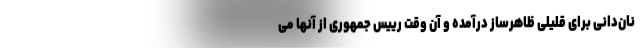
نان‌دانی برای قلیلی ظاهر‌ساز درآمده و آن وقت رییس جمهوری از آنها می